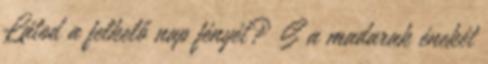
Látod a felkelő nap fényét? S a madarak énekét